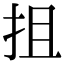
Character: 抯